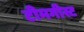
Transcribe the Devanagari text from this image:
टीमगीस्ट